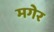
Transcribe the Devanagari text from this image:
मगेर